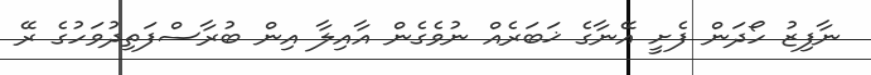
ނާފިޒު ހޯދަން ފެށީ އޭނާގެ ޚަބަރެއް ނުވެގެން އާއިލާ އިން ބުރާސްފަތިދުވަހުގެ ރޭ